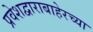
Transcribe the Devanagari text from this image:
प्रवेशद्वाराबाहेरच्या